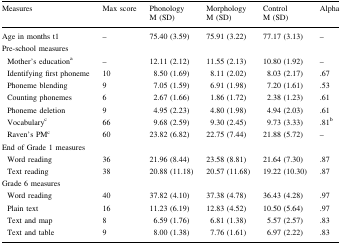
<table><thead><tr><td><b>Measures</b></td><td><b>Max score</b></td><td><b>Phonology M (SD)</b></td><td><b>Morphology M (SD)</b></td><td><b>Control M (SD)</b></td><td><b>Alpha</b></td></tr></thead><tbody><tr><td>Age in months t1</td><td>–</td><td>75.40 (3.59)</td><td>75.91 (3.22)</td><td>77.17 (3.13)</td><td>–</td></tr><tr><td colspan="6">Pre-school measures</td></tr><tr><td> Mother’s education<sup>a</sup></td><td>–</td><td>12.11 (2.12)</td><td>11.55 (2.13)</td><td>10.80 (1.92)</td><td>–</td></tr><tr><td> Identifying first phoneme</td><td>10</td><td>8.50 (1.69)</td><td>8.11 (2.02)</td><td>8.03 (2.17)</td><td>.67</td></tr><tr><td> Phoneme blending</td><td>9</td><td>7.05 (1.59)</td><td>6.91 (1.98)</td><td>7.20 (1.61)</td><td>.53</td></tr><tr><td> Counting phonemes</td><td>6</td><td>2.67 (1.66)</td><td>1.86 (1.72)</td><td>2.38 (1.23)</td><td>.61</td></tr><tr><td> Phoneme deletion</td><td>9</td><td>4.95 (2.23)</td><td>4.80 (1.98)</td><td>4.94 (2.03)</td><td>.61</td></tr><tr><td> Vocabulary<sup>c</sup></td><td>66</td><td>9.68 (2.59)</td><td>9.30 (2.45)</td><td>9.73 (3.33)</td><td>.81<sup>b</sup></td></tr><tr><td> Raven’s PM<sup>c</sup></td><td>60</td><td>23.82 (6.82)</td><td>22.75 (7.44)</td><td>21.88 (5.72)</td><td>–</td></tr><tr><td colspan="6">End of Grade 1 measures</td></tr><tr><td> Word reading</td><td>36</td><td>21.96 (8.44)</td><td>23.58 (8.81)</td><td>21.64 (7.30)</td><td>.87</td></tr><tr><td> Text reading</td><td>38</td><td>20.88 (11.18)</td><td>20.57 (11.68)</td><td>19.22 (10.30)</td><td>.87</td></tr><tr><td colspan="6">Grade 6 measures</td></tr><tr><td> Word reading</td><td>40</td><td>37.82 (4.10)</td><td>37.38 (4.78)</td><td>36.43 (4.28)</td><td>.97</td></tr><tr><td> Plain text</td><td>16</td><td>11.23 (6.19)</td><td>12.83 (4.52)</td><td>10.50 (5.64)</td><td>.97</td></tr><tr><td> Text and map</td><td>8</td><td>6.59 (1.76)</td><td>6.81 (1.38)</td><td>5.57 (2.57)</td><td>.83</td></tr><tr><td> Text and table</td><td>9</td><td>8.00 (1.38)</td><td>7.76 (1.61)</td><td>6.97 (2.22)</td><td>.83</td></tr></tbody></table>